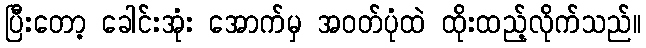
ပြီးတော့ ခေါင်းအုံး အောက်မှ အဝတ်ပုံထဲ ထိုးထည့်လိုက်သည်။